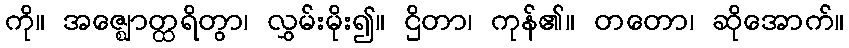
ကို။ အဇ္ဈောတ္ထရိတွာ၊ လွှမ်းမိုး၍။ ဌိတာ၊ ကုန်၏။ တတော၊ ဆိုအောက်။